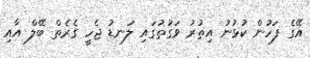
އޭގެ ފަހުން ކުޅުނު އިތުރު ވަގުތުގައި ލަނޑު ޖެހީ ގެރެތް ބޭލް އާއި